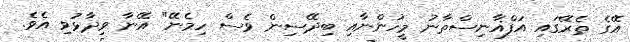
އޭގެ ތެރޭގައި އަފްޣާނިސްތާނު މީހުންނާއި ބިދޭސިން ވެސް ހިމެނޭ" އޭނާ ވިދާޅުވި އެވެ.